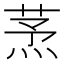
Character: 𦱻